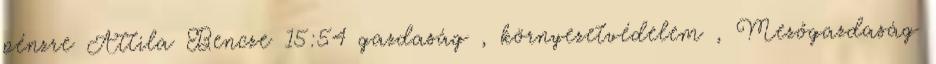
pénzre Attila Bencze 15:54 gazdaság , környezetvédelem , Mezőgazdaság